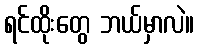
ရင်ထိုးတွေ ဘယ်မှာလဲ။